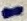
Text: -